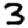
Digit: 3